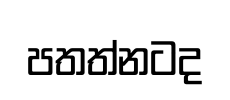
පතත්නටද